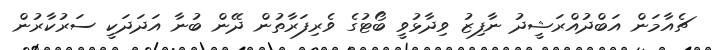
ޗެއާމަން އަބްދުއްރަޝީދު ނާފިޒު ވިދާޅުވީ ބޯޓުގެ ވެރިފަރާތުން ދޭން ބުނާ އަދަދަކީ ސަރުކާރުން